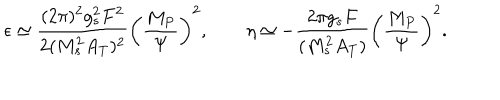
LaTeX: \epsilon \simeq \frac { ( 2 \pi ) ^ { 2 } g _ { s } ^ { 2 } F ^ { 2 } } { 2 ( M _ { s } ^ { 2 } A _ { T } ) ^ { 2 } } \left( \frac { M _ { P } } { \Psi } \right) ^ { 2 } , \qquad \eta \simeq - \frac { 2 \pi g _ { s } F } { ( M _ { s } ^ { 2 } A _ { T } ) } \left( \frac { M _ { P } } { \Psi } \right) ^ { 2 } .